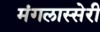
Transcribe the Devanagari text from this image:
मंगलास्सेरी